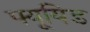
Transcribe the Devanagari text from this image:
फ्यूयिड